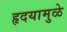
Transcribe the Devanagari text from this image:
हृदयामुळे